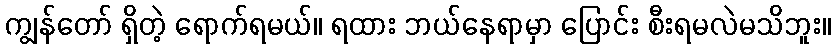
ကျွန်တော် ရှိတဲ့ ရောက်ရမယ်။ ရထား ဘယ်နေရာမှာ ပြောင်း စီးရမလဲမသိဘူး။